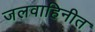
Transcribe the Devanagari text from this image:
जलवाहिनीत